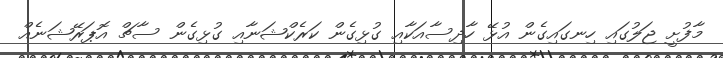
މާފުށީ ޖަލުގައި ހިނގައިގެން އުޅޭ ހާދިސާއަކާއި ގުޅިގެން ކަރެކްޝަނާއި ގުޅިގެން ސާޗް އޮޕަރޭޝަނެއް